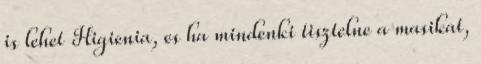
is lehet Higienia, es ha mindenki tisztelne a masikat,